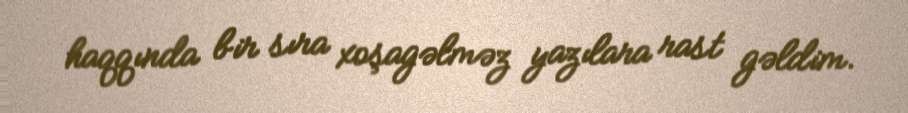
haqqında bir sıra xoşagəlməz yazılara rast gəldim.